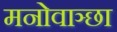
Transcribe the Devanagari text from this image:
मनोवाञ्छा